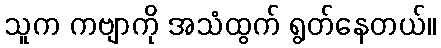
သူက ကဗျာကို အသံထွက် ရွတ်နေတယ်။